Report on the working of the mental hospitals for Indians in Bihar and Orissa - 1925-1929
Year: 1925
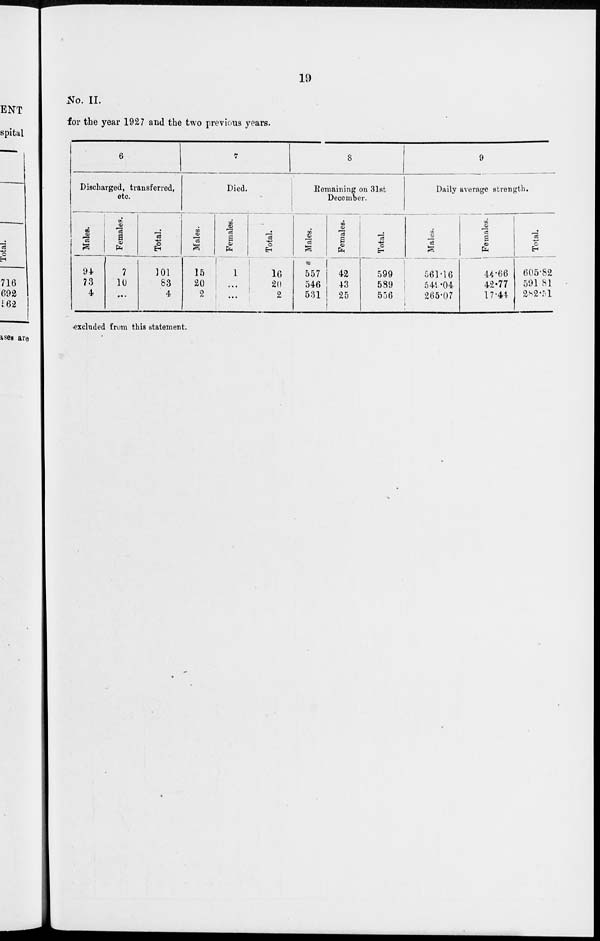
19
No. II.
for the year 1927 and the two previous years.
6
Discharged, transferred,
etc.
Males.
94
73
4
Females.
7
10
...
Total.
101
83
4
7
Died.
Males.
15
20
2
Females.
1
...
...
Total.
16
20
2
8
Remaining on 31st
December.
Males.
557
546
531
Females.
42
43
25
Total.
599
589
556
9
Daily average strength.
Males.
561.16
549.04
265.07
Females.
44.66
42.77
17.44
Total.
605.82
591.81
282.51
excluded from this statement.